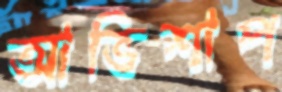
আভিশাপ